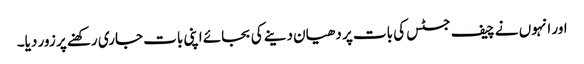
اور انہوں نے چیف جسٹس کی بات پر دھیان دینے کی بجائے اپنی بات جاری رکھنے پر زور دیا۔